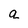
Character: g